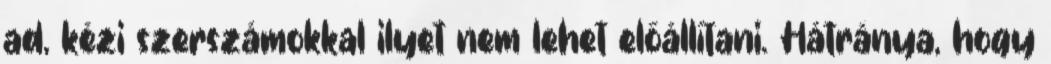
ad, kézi szerszámokkal ilyet nem lehet előállítani. Hátránya, hogy